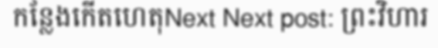
កន្លែងកើតហេតុNext Next post: ព្រះវិហារ